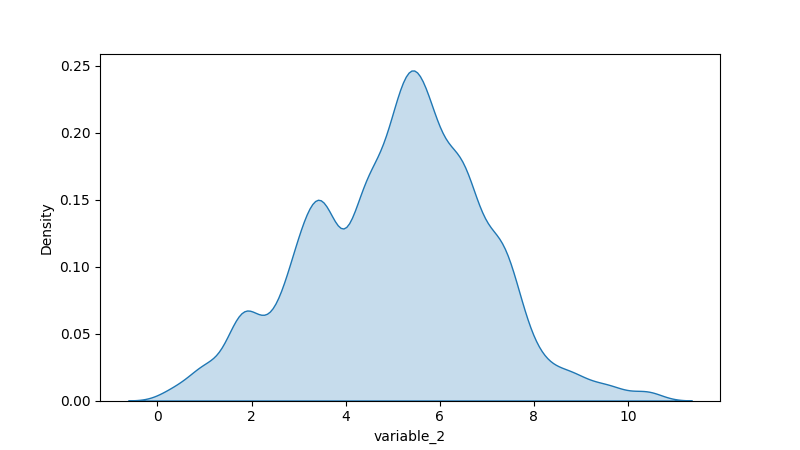
python, seaborn, kdeplot, hue='None', fill=True, bw_adjust=0.5